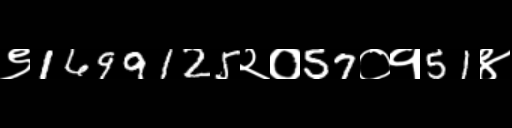
Text: ९1699125२०57०१51४